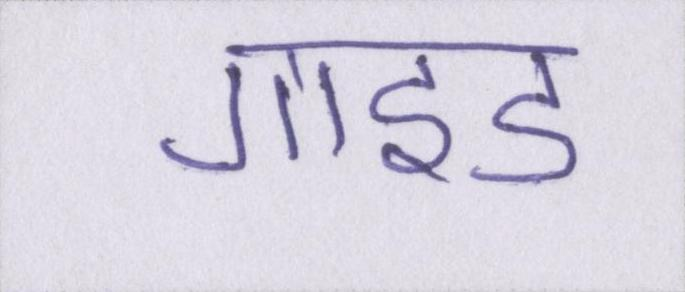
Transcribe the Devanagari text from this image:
गाइड